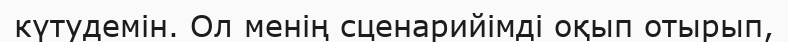
күтудемін. Ол менің сценарийімді оқып отырып,